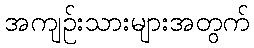
အကျဉ်းသားများအတွက်